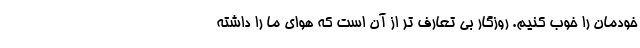
خودمان را خوب کنیم. روزگار بی تعارف تر از آن است که هوای ما را داشته